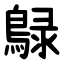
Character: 鵦